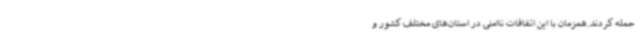
حمله کردند.همزمان با این اتفاقات ناامنی در استان‌های مختلف کشور و